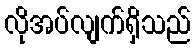
လိုအပ်လျက်ရှိသည်